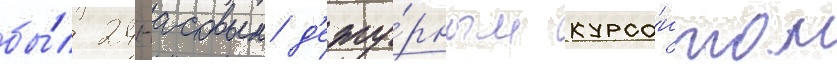
бы́л 24-часовым д'ежу́рным курса́нтом